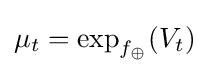
\mu _{t}=\exp _{f_{\oplus }}(V_{t})